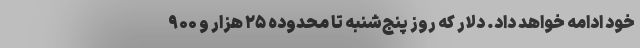
خود ادامه خواهد داد. دلار که روز پنج‌شنبه تا محدوده ۲۵ هزار و ۹۰۰